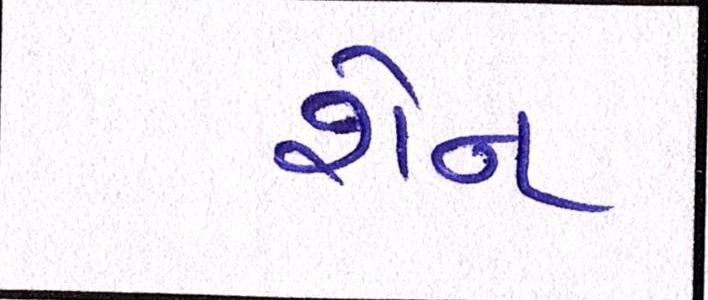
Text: શેન